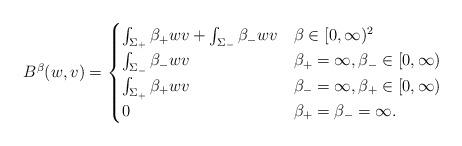
LaTeX: \begin{align*}B^\beta(w,v) =\begin{cases}\int_{\Sigma_+}\beta_+ w v + \int_{\Sigma_-} \beta_- w v & \beta \in [0,\infty)^2 \\ \int_{\Sigma_-} \beta_- w v & \beta_+ = \infty, \beta_- \in [0,\infty) \\ \int_{\Sigma_+}\beta_+ w v & \beta_- = \infty, \beta_+ \in [0,\infty) \\ 0 & \beta_+ = \beta_-= \infty.\end{cases} \end{align*}